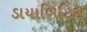
ડાયાબિટિસ